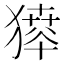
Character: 𤡶